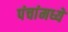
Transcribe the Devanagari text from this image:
पंचांमध्ये